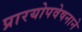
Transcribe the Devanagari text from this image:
प्रारयोपवेषनाने